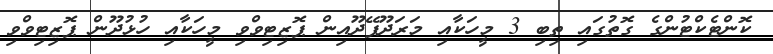
ކޮންޓެކްޓުންގެ ގޮތުގައި ތިބި 3 މީހަކާއި މަރަދޫފޭދޫއިން ޕޮޒިޓިވްވި މީހަކާއި ހުޅުދޫން ޕޮޒިޓިވްވި